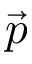
\vec { p }